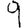
Digit: 9